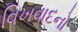
વિખવાદનો